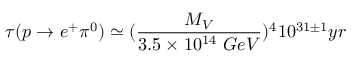
\tau ( p \rightarrow e ^ { + } \pi ^ { 0 } ) \simeq ( \frac { M _ { V } } { 3 . 5 \times 1 0 ^ { 1 4 } ~ G e V } ) ^ { 4 } 1 0 ^ { 3 1 \pm 1 } y r